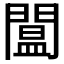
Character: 𨵷